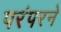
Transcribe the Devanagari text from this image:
परंपरने